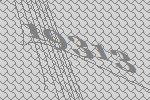
19313